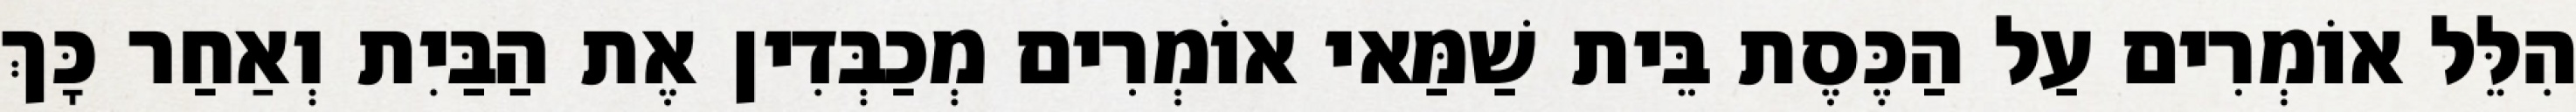
הִלֵּל אוֹמְרִים עַל הַכֶּסֶת בֵּית שַׁמַּאי אוֹמְרִים מְכַבְּדִין אֶת הַבַּיִת וְאַחַר כָּךְ